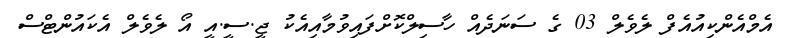
އެމްއެންކިއުއެފް ލެވެލް 03 ގެ ސަނަދެއް ހާސިލްކޮށްފައިވުމާއިއެކު ޖީ.ސީ.އީ އޯ ލެވެލް އެކައުންޓްސް